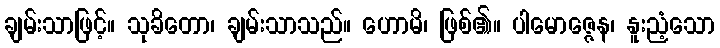
ချမ်းသာဖြင့်။ သုခိတော၊ ချမ်းသာသည်။ ဟောမိ၊ ဖြစ်၏။ ပါမောဇ္ဇေန၊ နူးညံ့သော